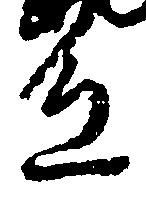
色